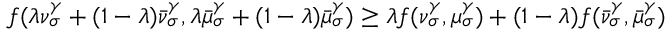
f ( \lambda \nu _ { \sigma } ^ { \gamma } + ( 1 - \lambda ) \bar { \nu } _ { \sigma } ^ { \gamma } , \lambda \bar { \mu } _ { \sigma } ^ { \gamma } + ( 1 - \lambda ) \bar { \mu } _ { \sigma } ^ { \gamma } ) \geq \lambda f ( \nu _ { \sigma } ^ { \gamma } , \mu _ { \sigma } ^ { \gamma } ) + ( 1 - \lambda ) f ( \bar { \nu } _ { \sigma } ^ { \gamma } , \bar { \mu } _ { \sigma } ^ { \gamma } )